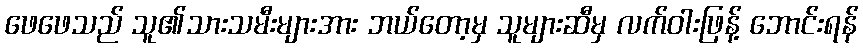
ဖေဖေသည် သူ၏သားသမီးများအား ဘယ်တော့မှ သူများဆီမှ လက်ဝါးဖြန့် ဘောင်းရန်